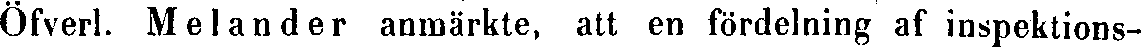
Öfverl. Melander anmärkte, att en fördelning af inspektions-